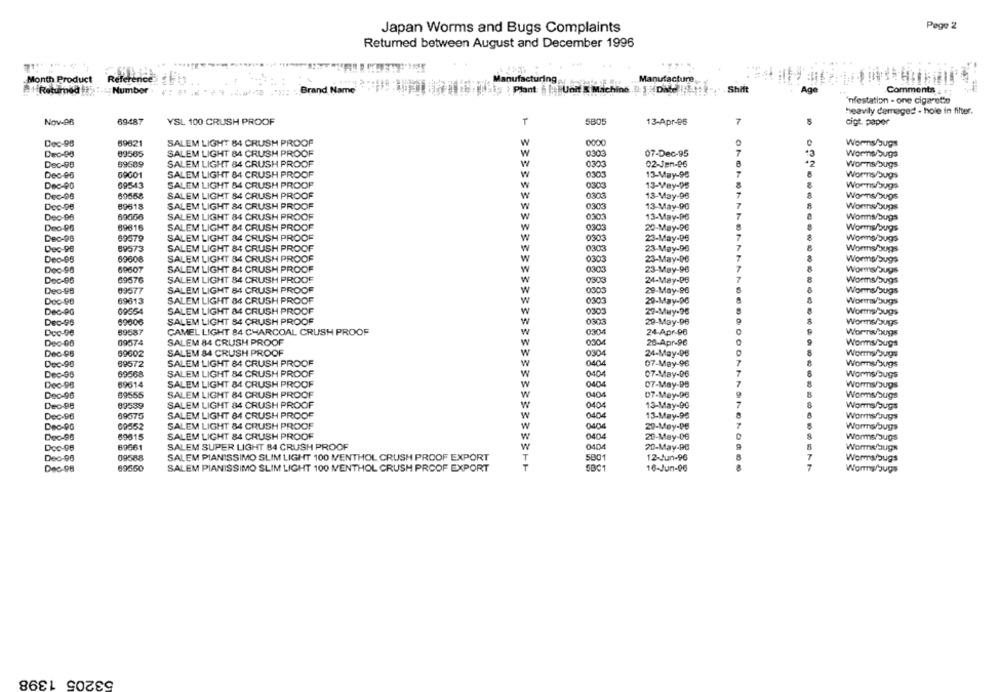
Pege 2
Japan Worms and Bugs Complaints
Returned between August and December 1996
Month Product
Reference
Manufacturing,
Manufacture
Number.
[ 1 Pont | Unit K Machine Il Date Ett- Shift
Age
#+ Returned !!
Brand Name
Comments : : 1
'nfestation - one cigarette
heavily damaged - hole in filter.
Nov-eB
69487
YSL 100 CRUSH PROOF
T
5B05
13-Apr-96
7
cigt paper
Dec-98
59621
SALEM LIGHT 84 CRUSH PROOF
w
0000
Worms/bugs
0303
Dec-08
89565
SALEM LIGHT 84 CRUSH PROOF
07-Dec-95
.3
Worns bugs
Dec-98
69589
SALEM LIGHT 84 CRUSH PROOF
w
030
02-Jen-96
2
Worns/bugs
Dec-96
69001
SALEM LIGHT 84 CRUSH PROOF
030
13-May-95
Worms/bugs
Dec-PO
69543
SALEM LIGHT 84 CRUSH PROOF
030
13-Vey-95
Worns/bugs
Dec-96
60568
SALEM LIGHT 84 CRUSH PROOF
0303
13-May-96
Worns/bugs
Dec-98
89618
SALEM LIGHT 84 CRUSH PROOF
0303
13-May-9G
Worms/bugs
69006
0303
Dec-98
SALEM LIGHT 84 CRUSH PROOF
13-May-D6
Worms/bugs
Dec-98
69616
SALEM LIGHT 84 CRUSH PROOF
0303
20-May-96
Worms/bugs
Dec-96
69479
SALEM LIGHT 84 CRUSH PROOF
0303
23-May-96
Worms bugs
Dec-96
89573
SALEM LIGHT 84 CRUSH PROOF
0303
23-May-90
Worms/bugs
Dec-96
69608
SALEM LIGHT 84 CRUSH PROOF
0303
23-May-06
Worms bugs
Dec-98
69607
SALEM LIGHT 84 CRUSH PROOF
0303
23-May-98
Worms/bugs
Dec-06
6957G
SALEM LIGHT 84 CRUSH PROOF
0303
24-May-PB
7
Worms/bugs
Deo-PB
09577
SALEM LIGHT 84 CRUSH PROOF
0303
29-May-96
Worms/bugs
Doc-9B
69613
SALEM LIGHT 84 CRUSH PROOF
0303
29-May-DC
Worry/ bugs
Dec-PG
09654
SALEM LIGHT 84 CRUSH PROOF
0303
29-Muy.96
Worms bugs
Dec-96
89606
SALEM LIGHT 84 CRUSH PROOF
030
29-May-96
Worms/bugs
Doc-98
89587
CAMEL LIGHT 84 CHARCOAL CRUSH PROOF
030
24-Apr-06
Dec-08
09574
SALEM 84 CRUSH PROOF
030
20-Apr-96
Worms/bugs
Dec-98
09602
SALEM 84 CRUSH PROOF
W
0304
24-May-DB
Worms bugs
Dec-98
69572
SALEM LIGHT &4 CRUSH PROOF
W
040
07-May-96
Worms bugs
Dec-96
69568
SALEM LIGHT 84 CRUSH PROOF
W
040
07-May-96
Worms bugs
Dec-98
69614
SALEM LIGHT 84 CRUSH PROOF
07-May-DB
Worms/bugs
Dec-96
09555
SALEM LIGHT 84 CRUSH PROOF
0404
07-May-96
Worms/bugs
Dec-88
89539
SALEM LIGHT 84 CRUSH PROOF
W
0404
13-May-9G
Worms/bugs
69575
SALEM LIGHT 84 CRUSH PROOF
13-May-95
Worms Jugs
Dec-96
W
0404
Dec-DO
00552
SALEM LIGHT 84 CRUSH PROOF
29-May-DB
Worms bugs
Dec-96
69615
SALEM LIGHT 84 CRUSH PROOF
20-May-06
0404
Worms bugs
Doc-96
69661
SALEM SUPER LIGHT 84 CRUSH PROOF
0404
20-May-PB
8
Worms/bugs
09588
SALEM PIANISSIMO SLIM LIGHT 100 MENTHOL CRUSH PROOF EXPORT
12-Jun-96
Dec-96
Worms bugs
Dec-98
89350
SALEM PIANISSIMO SLIM LIGHT 100 MENTHOL CRUSH PROOF EXPORT
16-Jun-06
Worry/bugs
53205 1398